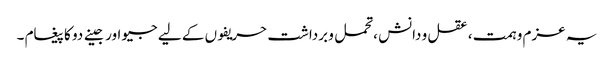
یہ عزم و ہمت ، عقل و دانش ،تحمل و برداشت حریفوں کے لیے جیو اور جینے دو کا پیغام ۔